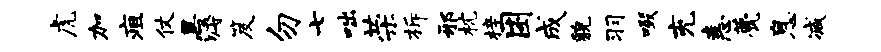
虎加疽仗黑溽笈勿七咄荣柝邪枕梓困成貌羽啜充恚甍息减